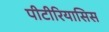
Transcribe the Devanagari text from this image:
पीटीरियासिस